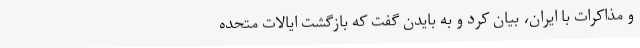
و مذاکرات با ایران، بیان کرد و به بایدن گفت که بازگشت ایالات متحده